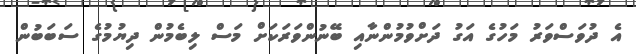
އެ ދުވަސްވަރު މަހުގެ އަގު ދަށްވުމުންނާއި ބޭނުންވަރަކަށް މަސް ލިބެމުން ދިޔުމުގެ ސަބަބުން